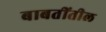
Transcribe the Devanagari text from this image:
बाबतींतील